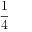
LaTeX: \frac { 1 } { 4 }